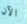
الآن